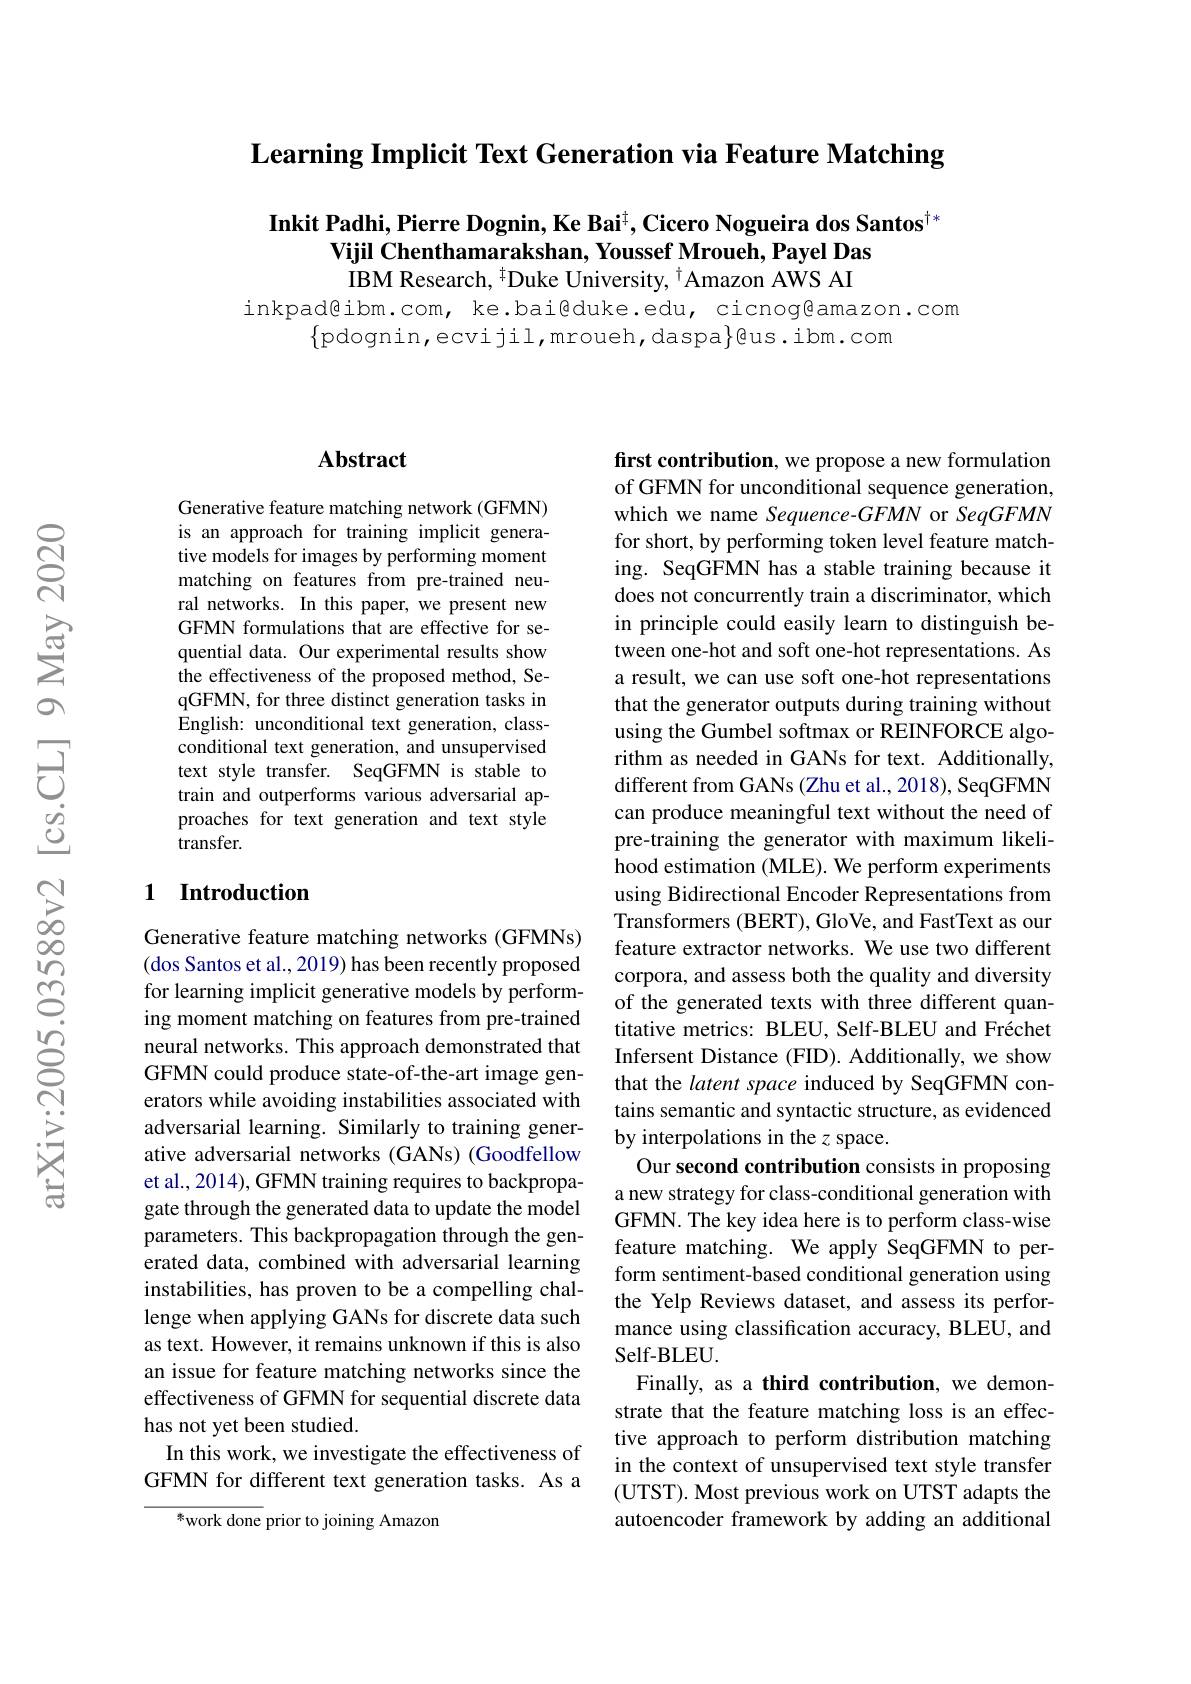
Learning Implicit Text Generation via Feature Matching

Inkit Padhi, Pierre Dognin, Ke Bai$^{\dagger},\textbf{Cicero Nogueira dos Santos}^{\dagger*}$
Vijil Chenthamarakshan, Youssef Mroueh, Payel Das IBM Research, $^{\dagger}$Duke University, $^{\dagger}$Amazon AWS AI

inkpad@ibm.com, ke.bai@duke.edu, cicnog@amazon.com
$\{$pdognin,ecvijil,mroueh,daspa$\}$@us.ibm.com

### $\mathbf{Abstract}$

Generative feature matching network (GFMN) is an approach for training implicit generative models for images by performing moment matching on features from pre-trained neural networks. In this paper, we present new GFMN formulations that are effective for sequential data. Our experimental results show the effectiveness of the proposed method, SeqGFMN, for three distinct generation tasks in English: unconditional text generation, classconditional text generation, and unsupervised text style transfer. SeqGFMN is stable to train and outperforms various adversarial approaches for text generation and text style transfer.

### 1 Introduction

Generative feature matching networks (GFMNs) (dos Santos et al., 2019) has been recently proposed for learning implicit generative models by performing moment matching on features from pre-trained neural networks. This approach demonstrated that GFMN could produce state-of-the-art image generators while avoiding instabilities associated with adversarial learning. Similarly to training generative adversarial networks (GANs) (Goodfellow et al., 2014), GFMN training requires to backpropagate through the generated data to update the model parameters. This backpropagation through the generated data, combined with adversarial learning instabilities, has proven to be a compelling challenge when applying GANs for discrete data such as text. However, it remains unknown if this is also an issue for feature matching networks since the effectiveness of GFMN for sequential discrete data has not yet been studied.
In this work, we investigate the effectiveness of GFMN for different text generation tasks. As a

$^{*}$work done prior to joining Amazon

first contribution, we propose a new formulation of GFMN for unconditional sequence generation, which we name Sequence-GFMN or SeqGFMN for short, by performing token level feature matching. SeqGFMN has a stable training because it does not concurrently train a discriminator, which in principle could easily learn to distinguish between one-hot and soft one-hot representations. As a result, we can use soft one-hot representations that the generator outputs during training without using the Gumbel softmax or REINFORCE algorithm as needed in GANs for text. Additionally, different from GANs (Zhu et al., 2018), SeqGFMN can produce meaningful text without the need of pre-training the generator with maximum likelihood estimation (MLE). We perform experiments using Bidirectional Encoder Representations from Transformers (BERT), GloVe, and FastText as our feature extractor networks. We use two different corpora, and assess both the quality and diversity of the generated texts with three different quantitative metrics: BLEU, Self-BLEU and Fréchet Infersent Distance (FID). Additionally, we show that the latent space induced by SeqGFMN contains semantic and syntactic structure, as evidenced by interpolations in the $z$ space.
Our second contribution consists in proposing a new strategy for class-conditional generation with GFMN. The key idea here is to perform class-wise feature matching. We apply SeqGFMN to perform sentiment-based conditional generation using the Yelp Reviews dataset, and assess its performance using classification accuracy, BLEU, and Self- BLEU.
Finally, as a third contribution, we demonstrate that the feature matching loss is an effective approach to perform distribution matching in the context of unsupervised text style transfer (UTST). Most previous work on UTST adapts the autoencoder framework by adding an additional